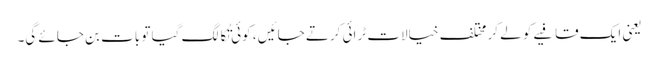
یعنی ایک قافیے کو لے کر مختلف خیالات ٹرائی کرتے جائیں ، کوئی تُکا لگ گیا تو بات بن جائے گی۔